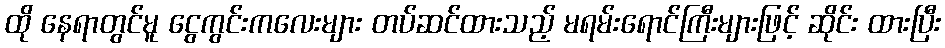
ထို နေရာတွင်မူ ငွေကွင်းကလေးများ တပ်ဆင်ထားသည့် မရမ်းရောင်ကြီးများဖြင့် ဆိုင်း ထားပြီး